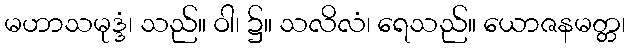
မဟာသမုဒ္ဒံ၊ သည်။ ဝါ၊ ၌။ သလိလံ၊ ရေသည်။ ယောဇနမတ္တ၊